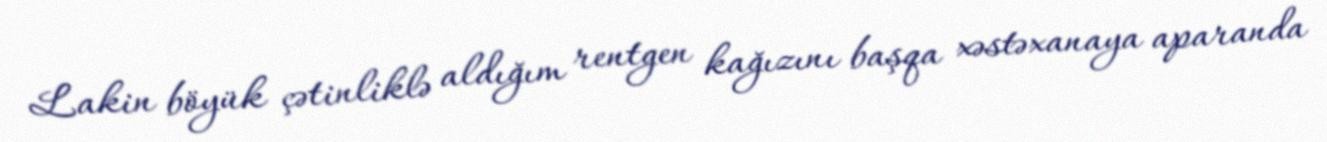
Lakin böyük çətinliklə aldığım rentgen kağızını başqa xəstəxanaya aparanda